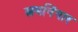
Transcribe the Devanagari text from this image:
स्त्रमनिंगार